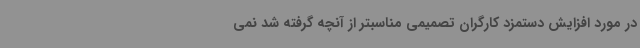
در مورد افزایش دستمزد کارگران تصمیمی مناسبتر از آنچه گرفته شد نمی